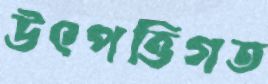
উৎপত্তিগত